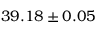
3 9 . 1 8 \pm 0 . 0 5